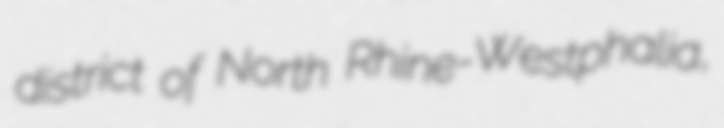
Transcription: district of North Rhine-Westphalia,